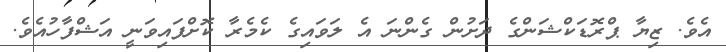
އެވެ. ޒިޔާ ޕްރޮޑަކްޝަންގެ ދަށުން ގެންނަ އެ ލަވައިގެ ކެމެރާ ކޮށްފައިވަނީ އަޝްފާހުއެވެ.